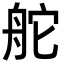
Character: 舵